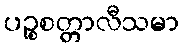
ပဉ္စစတ္တာလီသမာ